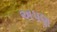
અપણ